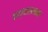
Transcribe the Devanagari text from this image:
कक्षासनावर